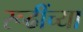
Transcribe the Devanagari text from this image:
रूढींच्या